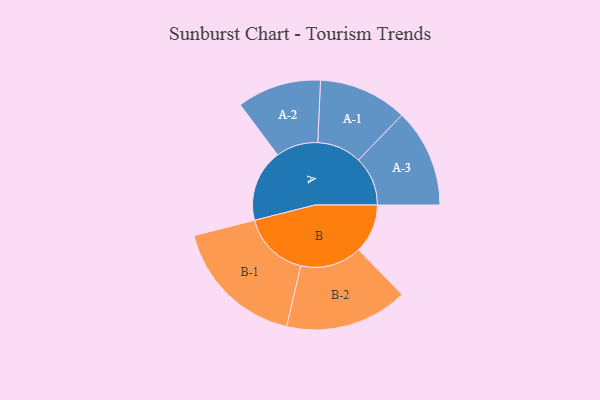
{"axis": {"x": "Segment", "y": "Value"}, "legend": ["", "A", "B"], "data": [{"x": "A", "y": 280, "type": ""}, {"x": "B", "y": 190, "type": ""}, {"x": "A-1", "y": 172, "type": "A"}, {"x": "A-2", "y": 163, "type": "A"}, {"x": "A-3", "y": 191, "type": "A"}, {"x": "B-1", "y": 260, "type": "B"}, {"x": "B-2", "y": 238, "type": "B"}]}